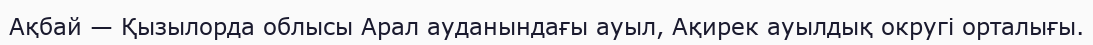
Ақбай — Қызылорда облысы Арал ауданындағы ауыл, Ақирек ауылдық округі орталығы.